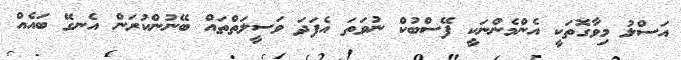
އަސްލު މިވާގޮތަކީ އެންމެންނަކީ ފޭސްބުކް ނުވަތަ އެފަދަ ވަސީލަތްތައް ބޭނުންކުރަން އެނގޭ ބައެއް